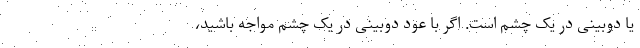
یا دوبینی در یک چشم است. اگر با عود دوبینی در یک چشم مواجه باشید،